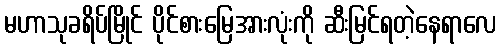
မဟာသုခရိပ်မြိုင် ပိုင်စားမြေအားလုံးကို ဆီးမြင်ရတဲ့နေရာလေ